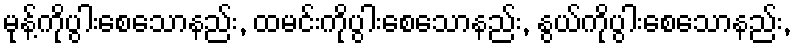
မုန့်ကိုပွါးစေသောနည်း, ထမင်းကိုပွါးစေသောနည်း, နွယ်ကိုပွါးစေသောနည်း,